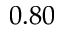
0 . 8 0